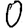
Digit: 0